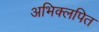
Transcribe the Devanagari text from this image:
अभिक्लपित